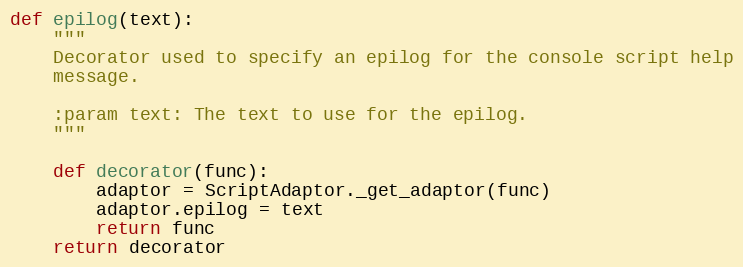
Language: Python
def epilog(text):
    """
    Decorator used to specify an epilog for the console script help
    message.

    :param text: The text to use for the epilog.
    """

    def decorator(func):
        adaptor = ScriptAdaptor._get_adaptor(func)
        adaptor.epilog = text
        return func
    return decorator